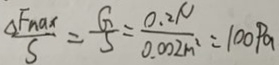
\frac { \Delta F _ { a n x } } { S } = \frac { G } { 5 } = \frac { 0 . 2 \mu } { 0 . 0 0 2 m ^ { 2 } n ^ { 2 } } = 1 0 0 p a